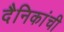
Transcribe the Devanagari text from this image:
दैनिकांची